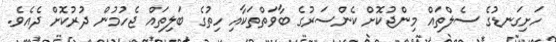
ހަށިގަނޑުގެ ސެލްތައް މިންޖުކޮށް ކެންސަރުގެ ބާވަތްތަކާއި ހިތުގެ ބަލިތައް ޖެހުމުން ދުރުކޮށް ދެއެވެ.